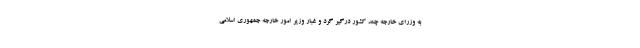
به وزرای خارجه چند کشور درگیر گرد و غبار وزیر امور خارجه جمهوری اسلامی